King Institute of Preventive Medicine Micro-Biological Section reports 1909-11
Year: 1909
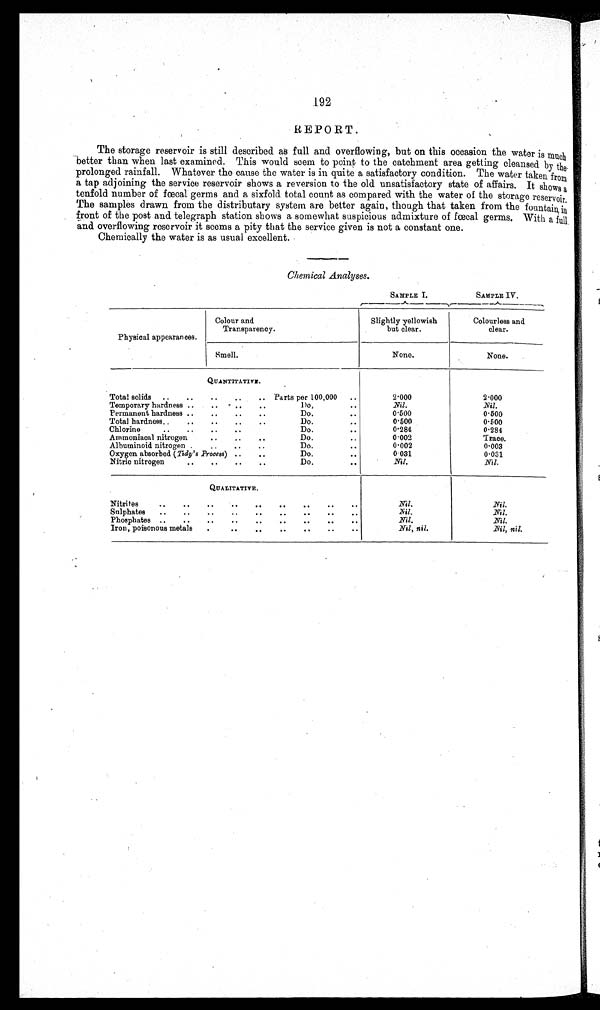
SAMPLE I.
SAMPLE IV.
192
REPORT.
The storage reservoir is still described as full and overflowing, but on this occasion the water is much
better than when last examined. This would seem to point to the catchment area getting cleansed by the
prolonged rainfall. Whatever the cause the water is in quite a satisfactory condition. The water taken from
a tap adjoining the service reservoir shows a reversion to the old unsatisfactory state of affairs. It shows a
tenfold number of fœcal germs and a sixfold total count as compared with the water of the storage reservoir.
The samples drawn from the distributary system are better again, though that taken from the fountain in
front of the post and telegraph station shows a somewhat suspicious admixture of faecal germs. With a full
and overflowing reservoir it seems a pity that the service given is not a constant one.
Chemically the water is as usual excellent.
Chemical Analyses.
Physical appearances.
Colour and
Transparency.
Slightly yellowish
but clear.
Colourless and
clear.
Smell.
None.
None.
QUANTITATIVE.
Total solids
Parts per 100,000
Temporary hardness
Do.
Permanent hardness
Do.
Total hardness
Do.
Chlorine
Do.
..
..
.
Ammoniacal nitrogen
Do.
Albuminoid nitrogen
Do.
Oxygen absorbed (Tidy's Process)
Do.
Nitric nitrogen
Do.
2.000
Nil.
0.500
0.500
0.284
0.002
0.002
0.031
Nil.
2.000
Nil.
0.500
0.500
0 . 2 8 4
Trace.
0.003
0.031
Nil.
QUALITATIVE.
Nitrites
Sulphates
Phosphates
Iron, poisonous metals
Nil.
Nil.
Nil.
Nil, nil.
Nil.
Nil.
Nil.
Nil, nil.